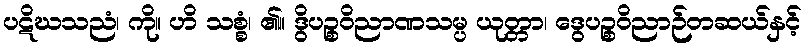
ပဋိဃသညံ၊ ကို။ ဟိ သစ္စံ၊ ၏။ ဒွိပဉ္စဝိညာဏသမ္ပ ယုတ္တာ၊ ဒွေပဉ္စဝိညာဉ်တဆယ်နှင့်